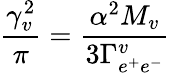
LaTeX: {\frac{\gamma_{v}^{2}}{\pi}}={\frac{\alpha^{2}M_{v}}{3\Gamma_{e^{+}e^{-}}^{v}}}